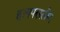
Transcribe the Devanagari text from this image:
हायपरस्लीप